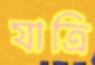
যাত্রি